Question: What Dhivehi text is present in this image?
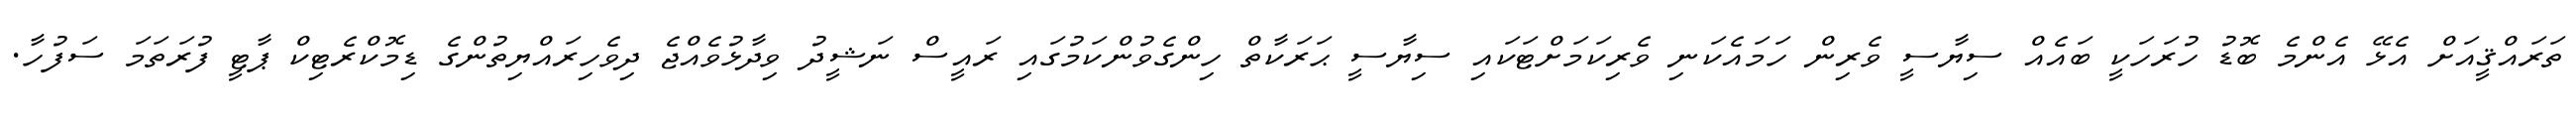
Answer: ތަރައްޤީއަށް އެޅޭ އެންމެ ބޮޑު ހުރަހަކީ ބައެއް ސިޔާސީ ވެރިން ހަމައެކަނި ވެރިކަމަށްޓަކައި ސިޔާސީ ޙަރަކާތް ހިންގެވުންކަމުގައި ރައީސް ނަޝީދު ވިދާޅުވެއްޖެ ދިވެހިރައްޔިތުންގެ ޑިމޮކްރެޓިކް ޕާޓީ ފުރަތަމަ ސަފުހާ.